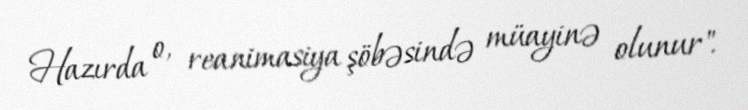
Hazırda o, reanimasiya şöbəsində müayinə olunur".